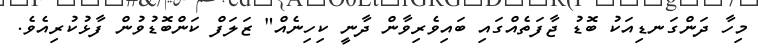
މިހާ ދަންގަނޑިއަކު ބޮޑު ޖާފަތެއްގައި ބައިވެރިވާން ދާނީ ކިހިނެއް" ޒަލަފް ކަންބޮޑުވުން ފާޅުކުރިއެވެ.